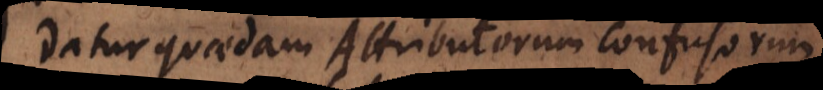
Datur quaedam Attributorum confusorum